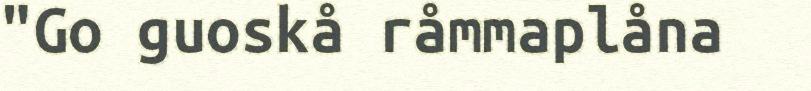
"Go guoskå råmmaplåna